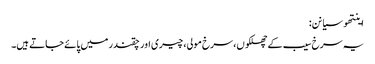
اینتھو سیانن:
یہ سرخ سیب کے چھلکوں، سرخ مولی، چیری اور چقندر میں پائے جاتے ہیں۔